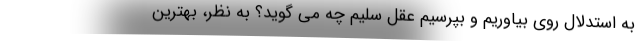
به استدلال روی بیاوریم و بپرسیم عقل سلیم چه می گوید؟ به نظر، بهترین